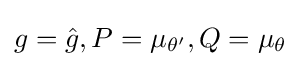
g={\hat {g}},P=\mu _{\theta '},Q=\mu _{\theta }